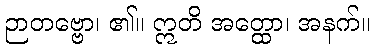
ဉာတဗ္ဗော၊ ၏။ ဣတိ အတ္ထော၊ အနက်။